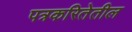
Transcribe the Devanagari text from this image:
पत्रकरितेतील